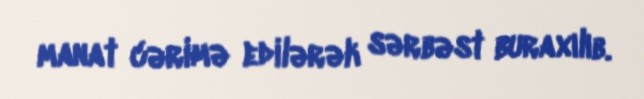
manat cərimə edilərək sərbəst buraxılıb.